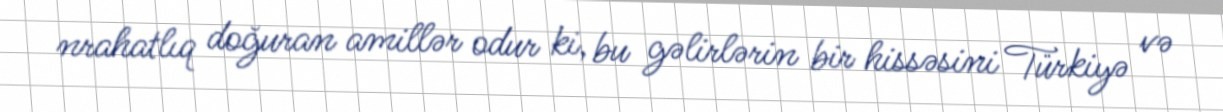
nrahatlıq doğuran amillər odur ki, bu gəlirlərin bir hissəsini Türkiyə və